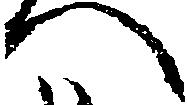
へ